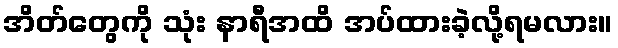
အိတ်တွေကို သုံး နာရီအထိ အပ်ထားခဲ့လို့ရမလား။